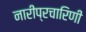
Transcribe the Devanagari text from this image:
नारीप्रचारिणी